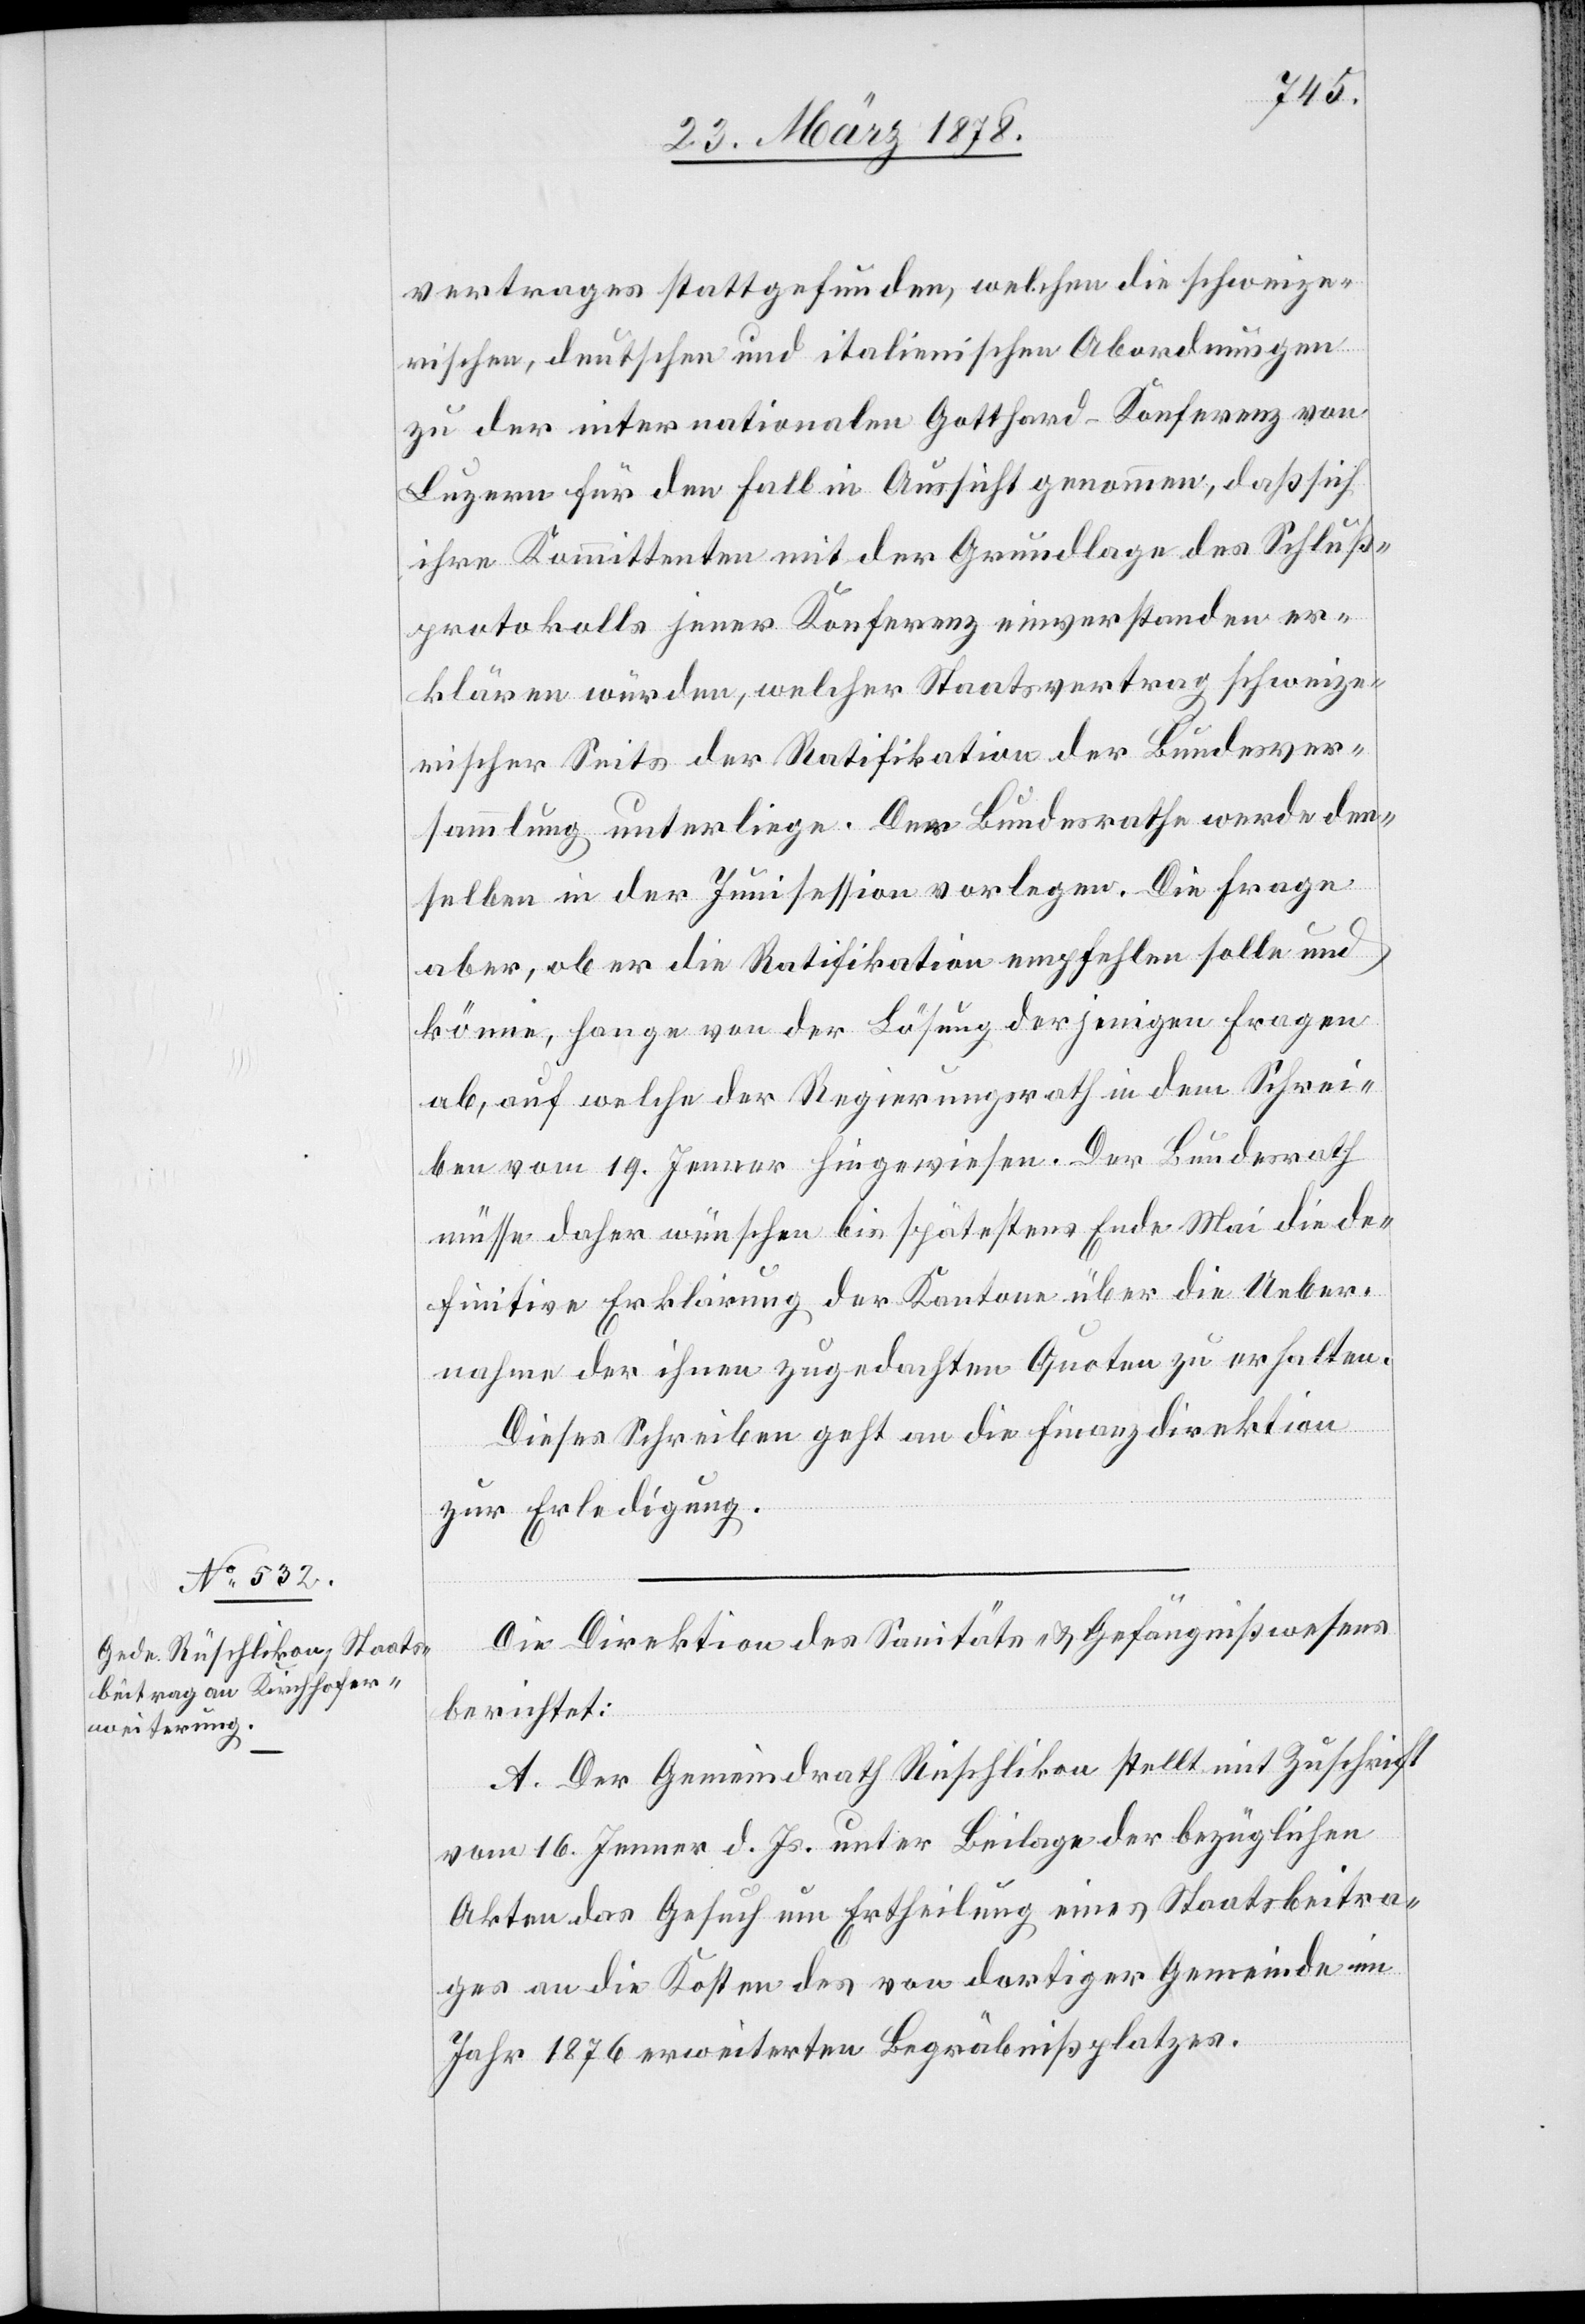
vertrages stattgefunden, welchen die schweize¬
rischen, deutschen und italienischen Abordnungen
zu der internationalen Gotthard-Konferenz von
Luzern für den Fall in Aussicht genommen, daß sich
ihre Komittenten mit der Grundlage des Schluß¬
protokolls jener Konferenz einverstanden er¬
klären würden, welcher Staatsvertrag schweize¬
rischer Seits der Ratifikation der Bundesver¬
sammlung unterliege. Der Bundesrath werde den¬
selben in der Junisession vorlegen. Die Frage
aber, ob er die Ratifikation empfehlen solle und
könne, hange von der Lösung derjenigen Fragen
ab, auf welche der Regierungsrath in dem Schrei¬
ben vom 19. Jenner hingewiesen. Der Bundesrath
müsse daher wünschen bis spätestens Ende Mai die de¬
finitive Erklärung der Kantone über die Ueber¬
nahme der ihnen zugedachten Quoten zu erhalten.
Dieses Schreiben geht an die Finanzdirektion
zur Erledigung.
Die Direktion des Sanitäts- & Gefängnißwesens
berichtet:
A. Der Gemeindrath Rüschlikon stellt mit Zuschrift
vom 16. Jenner d. Js. unter Beilage der bezüglichen
Akten das Gesuch um Ertheilung eines Staatsbeitra¬
ges an die Kosten des von dortiger Gemeinde im
Jahr 1876 erweiterten Begräbnißplatzes.